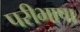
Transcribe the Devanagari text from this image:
परीभाषा